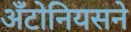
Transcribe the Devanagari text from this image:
अँटोनियसने